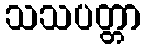
သသပတ္တာ